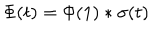
\Phi ( t ) = \Phi ( 1 ) * \sigma ( t )